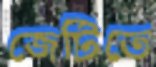
জেটিতে